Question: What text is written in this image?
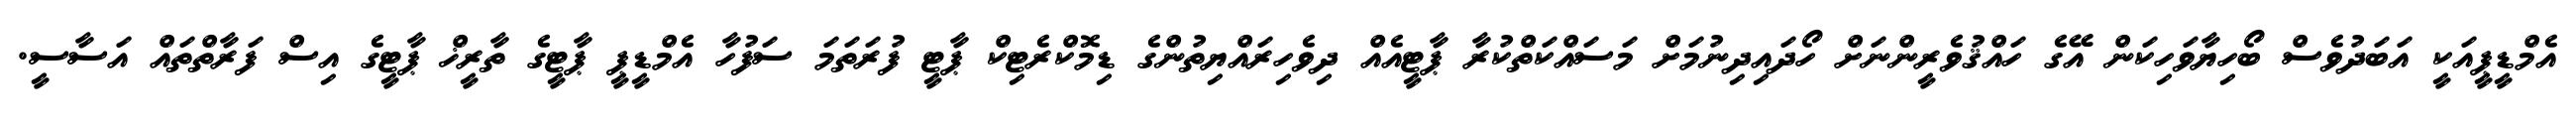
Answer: އެމްޑީޕީއަކީ އަބަދުވެސް ބޯހިޔާވަހިކަން އޭގެ ހައްޤުވެރީންނަށް ހޯދައިދިނުމަށް މަސައްކަތްކުރާ ޕާޓީއެއް ދިވެހިރައްޔިތުންގެ ޑިމޮކްރެޓިކް ޕާޓީ ފުރަތަމަ ސަފުހާ އެމްޑީޕީ ޕާޓީގެ ތާރީޚް ޕާޓީގެ އިސް ފަރާތްތައް އަސާސީ.